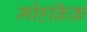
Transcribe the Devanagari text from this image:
मोहक़िक़